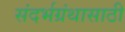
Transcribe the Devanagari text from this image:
संदर्भग्रंथासाठी